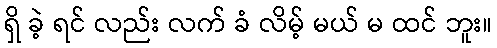
ရှိ ခဲ့ ရင် လည်း လက် ခံ လိမ့် မယ် မ ထင် ဘူး။